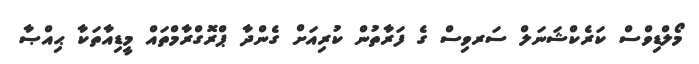
މޯލްޑިވްސް ކަރެކްޝަނަލް ސަރވިސް ގެ ފަރާތުން ކުރިއަށް ގެންދާ ޕްރޮގްރާމްތައް މީޑިއާތަކާ ޙިއްޞާ